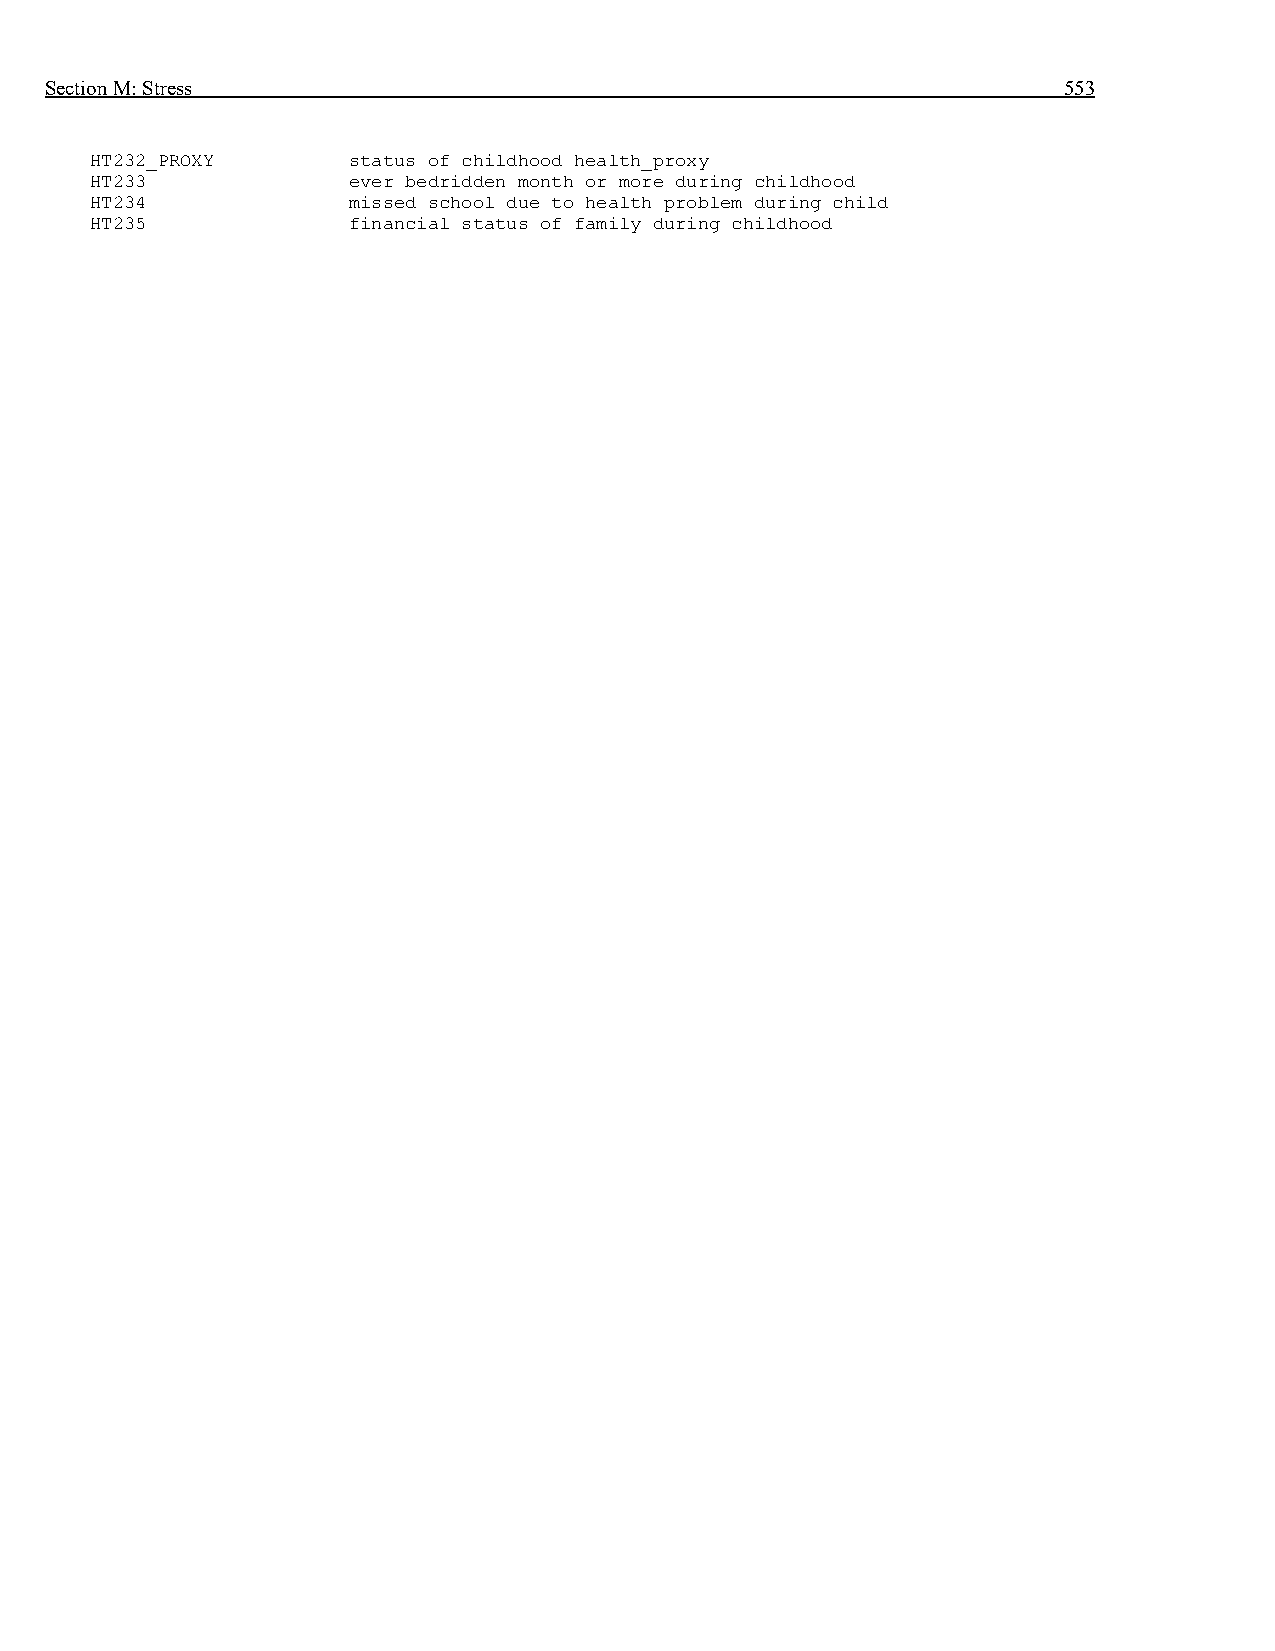
Section M: Stress                                                  553
 HT232_PROXY      status of childhood health_proxy
 HT233            ever bedridden month or more during childhood
 HT234            missed school due to health problem during child
 HT235            financial status of family during childhood